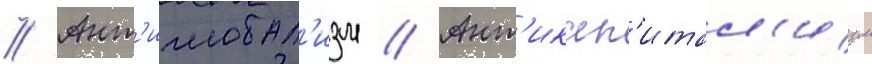
// Ант'иглобал'изм // Ант'икап'итал'изм